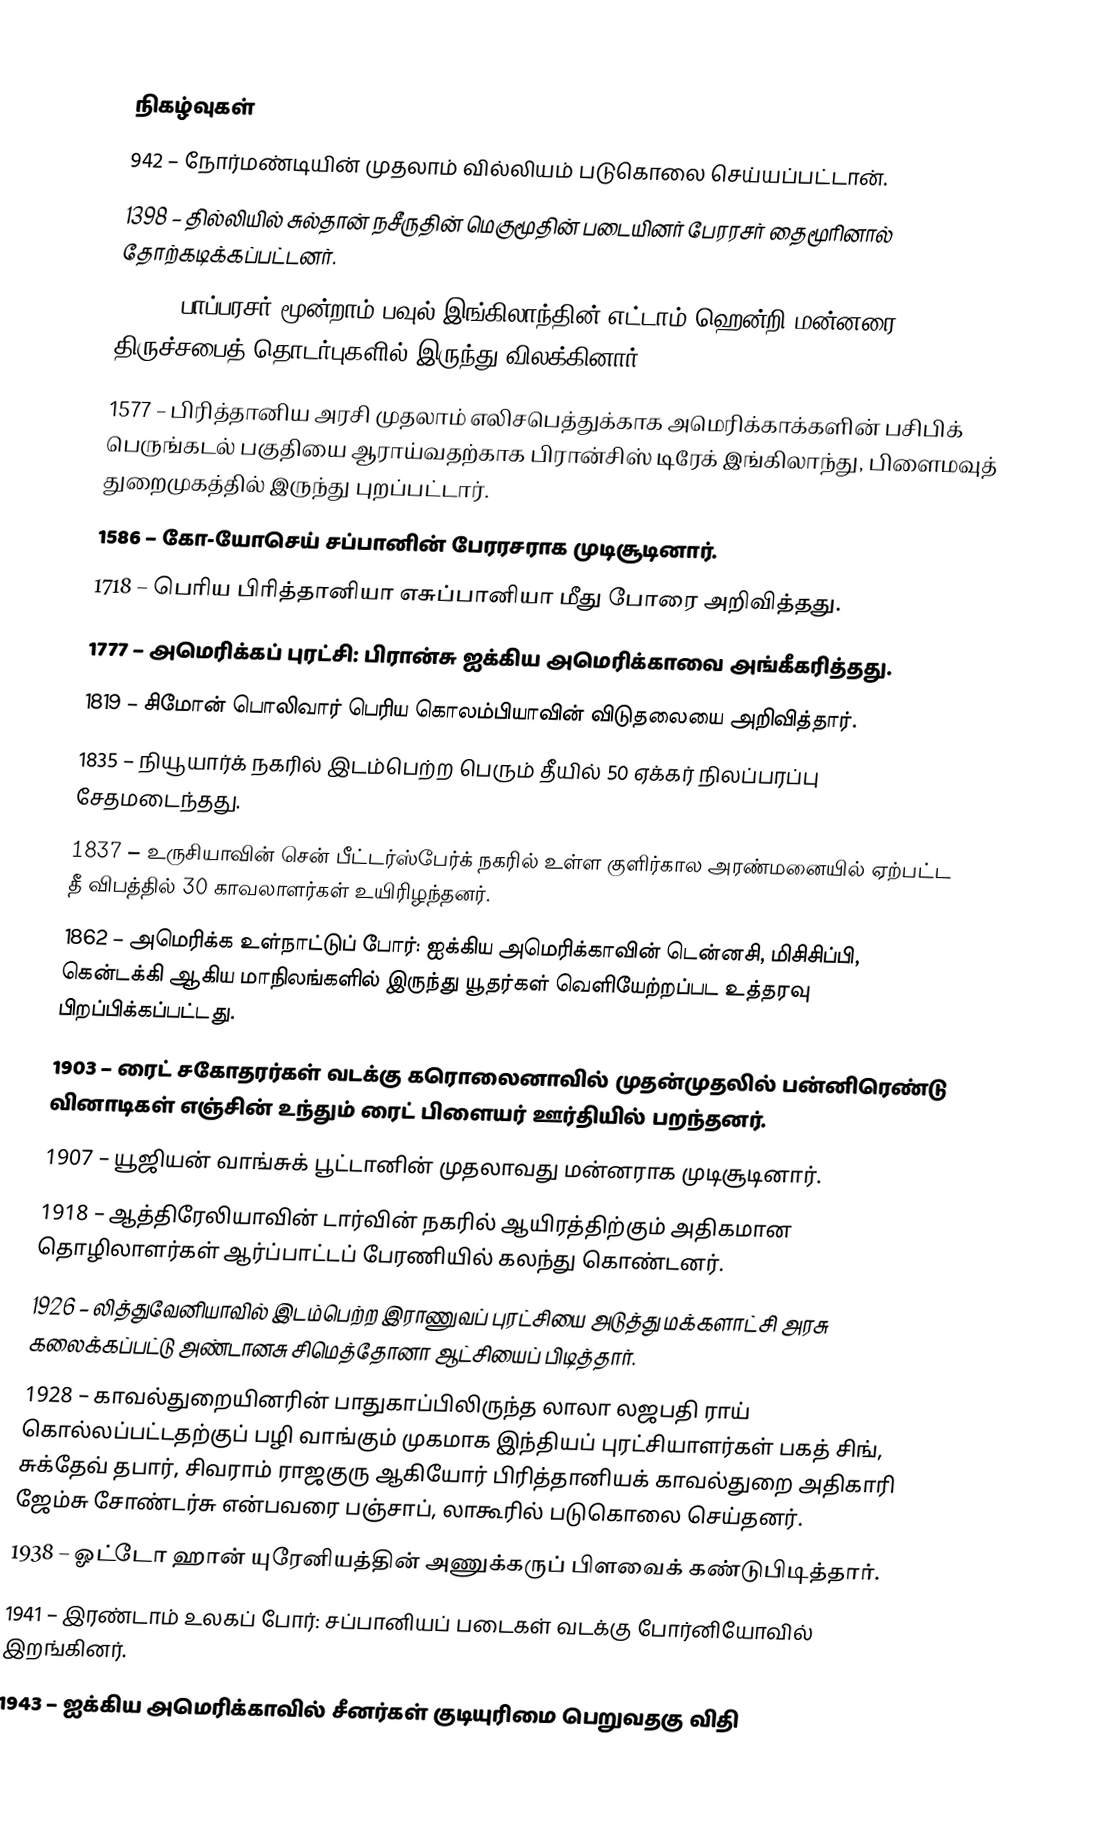

நிகழ்வுகள்
 942 – நோர்மண்டியின் முதலாம் வில்லியம் படுகொலை செய்யப்பட்டான்.
1398 – தில்லியில் சுல்தான் நசீருதின் மெகுமூதின் படையினர் பேரரசர் தைமூரினால் தோற்கடிக்கப்பட்டனர்.
1538 – பாப்பரசர் மூன்றாம் பவுல் இங்கிலாந்தின் எட்டாம் ஹென்றி மன்னரை திருச்சபைத் தொடர்புகளில் இருந்து விலக்கினார்.
1577 – பிரித்தானிய அரசி முதலாம் எலிசபெத்துக்காக அமெரிக்காக்களின் பசிபிக் பெருங்கடல் பகுதியை ஆராய்வதற்காக பிரான்சிஸ் டிரேக் இங்கிலாந்து, பிளைமவுத் துறைமுகத்தில் இருந்து புறப்பட்டார்.
1586 – கோ-யோசெய் சப்பானின் பேரரசராக முடிசூடினார்.
1718 – பெரிய பிரித்தானியா எசுப்பானியா மீது போரை அறிவித்தது.
1777 – அமெரிக்கப் புரட்சி: பிரான்சு ஐக்கிய அமெரிக்காவை அங்கீகரித்தது.
1819 – சிமோன் பொலிவார் பெரிய கொலம்பியாவின் விடுதலையை அறிவித்தார்.
1835 – நியூயார்க் நகரில் இடம்பெற்ற பெரும் தீயில் 50 ஏக்கர் நிலப்பரப்பு சேதமடைந்தது.
1837 – உருசியாவின் சென் பீட்டர்ஸ்பேர்க் நகரில் உள்ள குளிர்கால அரண்மனையில் ஏற்பட்ட தீ விபத்தில் 30 காவலாளர்கள் உயிரிழந்தனர்.
1862 – அமெரிக்க உள்நாட்டுப் போர்: ஐக்கிய அமெரிக்காவின் டென்னசி, மிசிசிப்பி, கென்டக்கி ஆகிய மாநிலங்களில் இருந்து யூதர்கள் வெளியேற்றப்பட உத்தரவு பிறப்பிக்கப்பட்டது.
1903 – ரைட் சகோதரர்கள் வடக்கு கரொலைனாவில் முதன்முதலில் பன்னிரெண்டு வினாடிகள் எஞ்சின் உந்தும் ரைட் பிளையர் ஊர்தியில் பறந்தனர்.
1907 – யூஜியன் வாங்சுக் பூட்டானின் முதலாவது மன்னராக முடிசூடினார்.
1918 – ஆத்திரேலியாவின் டார்வின் நகரில் ஆயிரத்திற்கும் அதிகமான தொழிலாளர்கள் ஆர்ப்பாட்டப் பேரணியில் கலந்து கொண்டனர்.
1926 – லித்துவேனியாவில் இடம்பெற்ற இராணுவப் புரட்சியை அடுத்து மக்களாட்சி அரசு கலைக்கப்பட்டு அண்டானசு சிமெத்தோனா ஆட்சியைப் பிடித்தார்.
1928 – காவல்துறையினரின் பாதுகாப்பிலிருந்த லாலா லஜபதி ராய் கொல்லப்பட்டதற்குப் பழி வாங்கும் முகமாக  இந்தியப் புரட்சியாளர்கள் பகத் சிங், சுக்தேவ் தபார், சிவராம் ராஜகுரு ஆகியோர் பிரித்தானியக் காவல்துறை அதிகாரி ஜேம்சு சோண்டர்சு என்பவரை பஞ்சாப், லாகூரில் படுகொலை செய்தனர்.
1938 – ஓட்டோ ஹான் யுரேனியத்தின் அணுக்கருப் பிளவைக் கண்டுபிடித்தார்.
1941 – இரண்டாம் உலகப் போர்: சப்பானியப் படைகள் வடக்கு போர்னியோவில் இறங்கினர்.
1943 – ஐக்கிய அமெரிக்காவில் சீனர்கள் குடியுரிமை பெறுவதகு விதி